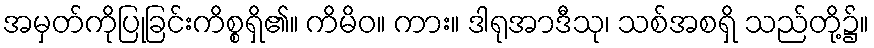
အမှတ်ကိုပြုခြင်းကိစ္စရှိ၏။ ကိမိဝ။ ကား။ ဒါရုအာဒီသု၊ သစ်အစရှိ သည်တို့၌။